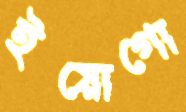
ইয়োগো